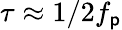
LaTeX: \tau\approx1/2f_{\mathsf{p}}